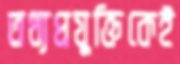
তথ্যপ্রযুক্তিকেই